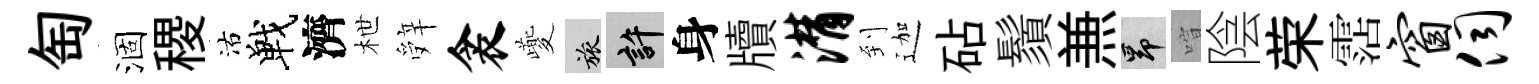
匋涸稷沽戰濟枻辤衾夔旅許身牘潸到迦砧鬚𠔥昂喧陰荣霑窗伺